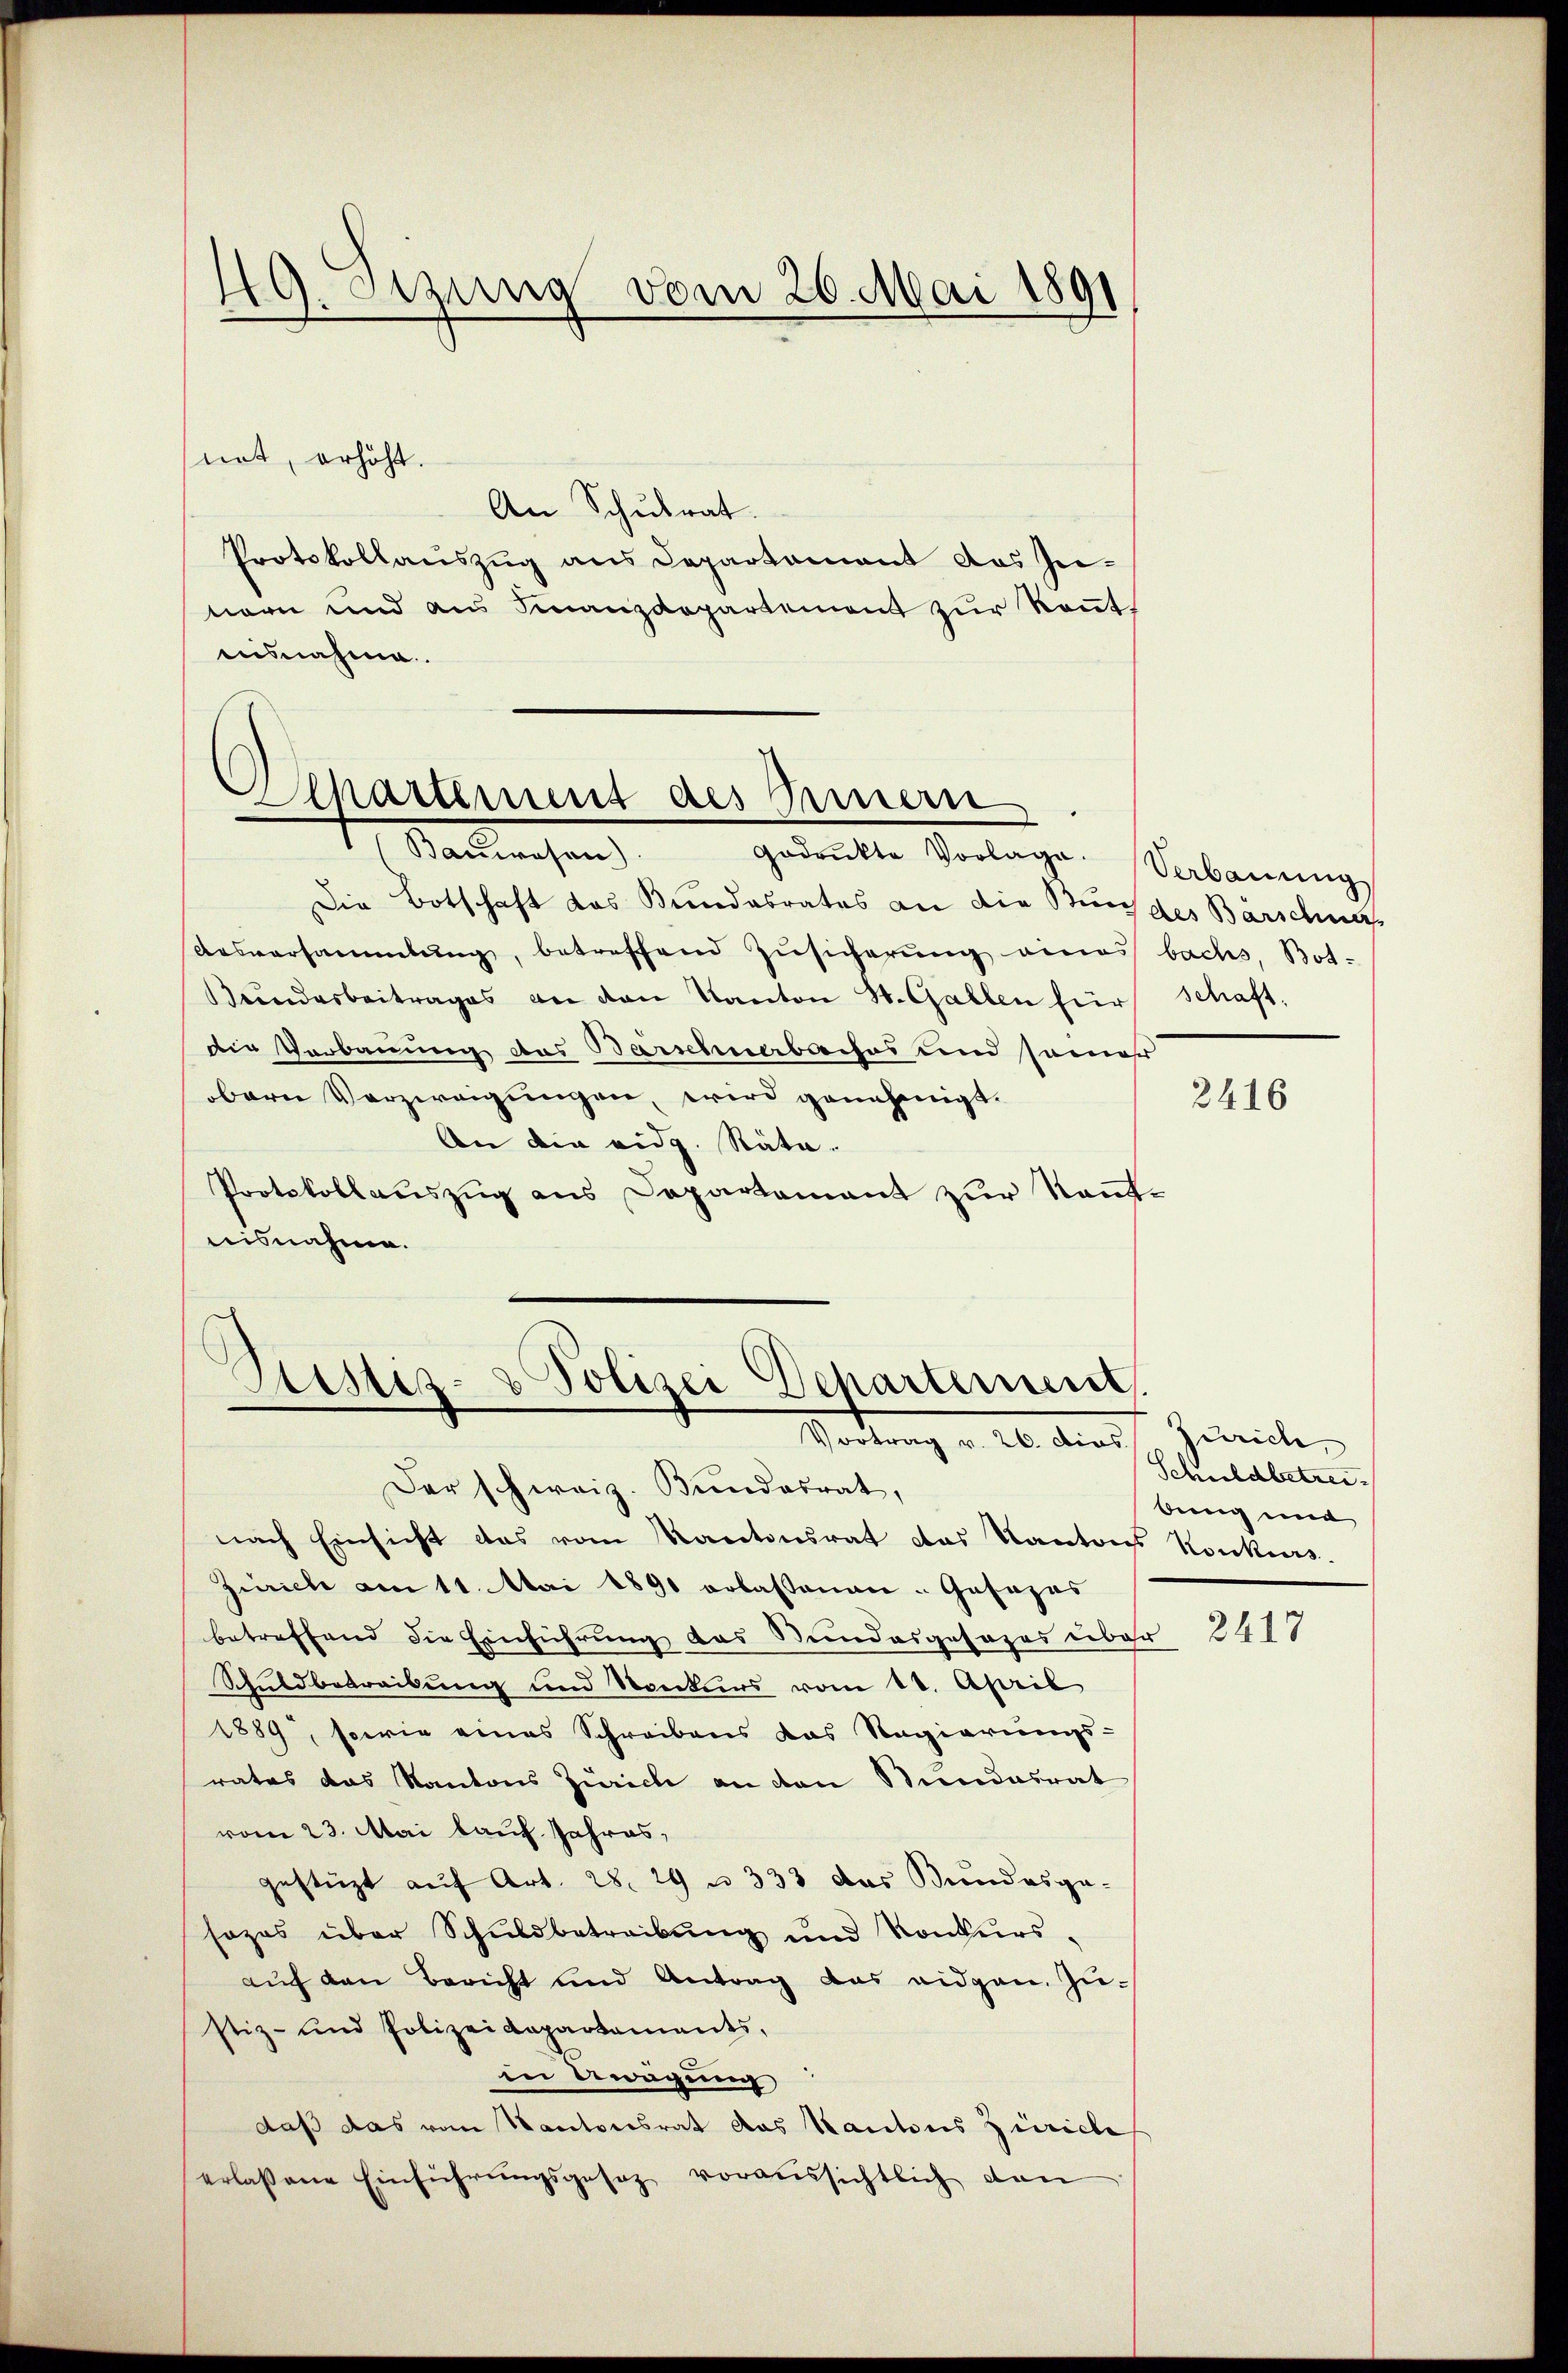
not, erhöht.
An Schulrat.
Protokollauszug aus Departement das In-
nern und aus Finanzdepartement zur Rent
ausnahme.

49. Setzung vom 20. Mai 1891

Departement des Innern
Nachnahen

Godrukte Vorlage. Verbauung
Die Botschaft das Bundesrates an die Bundes Barschna
Ausversammlung, betreffend Zŭsicherŭng eines bachs, Botŭndarbeitrages an den Kanton St. Gallen für schaft-
die Verbauung des Barschnabaches und samer
bern Verzweigungen, wird genehmigt.
An die eidg. Räte.
Protokollauszug aus Departement zur Kantnisnahme.

Pustes- & Polizei Departement
Vortrag v. 20. dies

Der schweiz. Bundesrat,
nach Einsicht das vom Kantonsrat das Kantons Konkurs-
Zürich am 11. Mai 1890 erlassenen Gasozas
betreffend die Einführung das Stundesgesezes über
Schuldbetreibung und Konkurs vom 18. April
1889, sowie eines Schreibens das Regierungs-
rates das Kantons Zürich an den Stundesrat
vom 23. Mai lauf Jahres,
gestüzt auf Art. 28. 29 n 333 das Bundesge-
sozas über Schuldbetreibŭng und Konkurs-
auf den Bericht und Antrag das eidgen. Zustiz- und Polizeidepartaments,
in Anügung
daß das vom Kantonsrat das Kantons Zürich
erlassene Einführŭngsgesetz voraussichtlich dan

2416

Zürich,
Schuldbetreibung und

2414